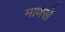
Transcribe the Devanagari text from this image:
माणसें